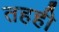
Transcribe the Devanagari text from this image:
तहही